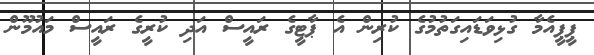
ޕީޕީއެމާ ގުޅިވަޑައިގަތުމުގެ ކުރިން އެ ޕާޓީގެ ރައީސް އަދި ކުރީގެ ރައީސް މައުމޫން